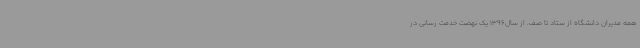
همه مدیران دانشگاه از ستاد تا صف، از سال1396 یک نهضت خدمت رسانی در